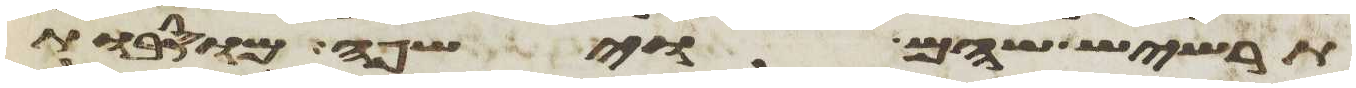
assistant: תרשיש שהם וישפה מוסבות